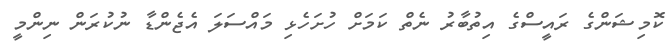
ކޮމިޝަންގެ ރައީސްގެ އިތުބާރު ނެތް ކަމަށް ހުށަހެޅި މައްސަލަ އެޖެންޑާ ނުކުރަން ނިންމީ